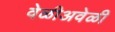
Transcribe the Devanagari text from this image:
वेळीअवेळी